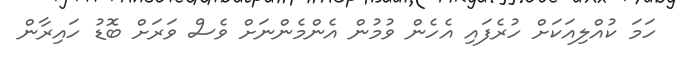
ހަމަ ކުއްލިއަކަށް ހުރެފައި އެހެން ވުމުން އެންމެންނަށް ވެސް ވަރަށް ބޮޑު ހައިރާން